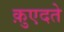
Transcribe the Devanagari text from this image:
क़ुएदते